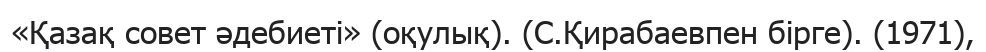
«Қазақ совет әдебиеті» (оқулық). (С.Қирабаевпен бірге). (1971),